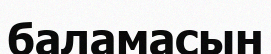
баламасын